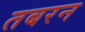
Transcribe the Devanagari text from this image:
तबरन